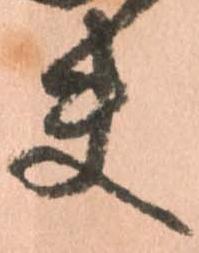
夫